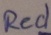
Text: Red